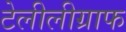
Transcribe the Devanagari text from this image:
टेलीलीग्राफ